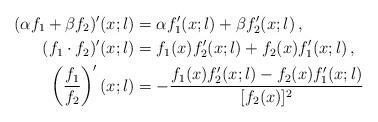
LaTeX: \begin{align*}(\alpha f_1+\beta f_2)'(x;l) & = \alpha f'_1(x;l)+\beta f'_2(x;l) \,,\\(f_1\cdot f_2)'(x;l) & = f_1(x)f'_2(x;l)+f_2(x)f'_1(x;l) \,,\\\left(\frac{f_1}{f_2}\right)'(x;l) & = -\frac{f_1(x)f'_2(x;l)-f_2(x)f'_1(x;l)}{[f_2(x)]^2}\end{align*}